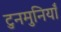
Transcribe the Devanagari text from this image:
टुनमुनियाँ